Lunatic asylums Central Provinces reports 1874-1885 - 1874-1885
Year: 1874
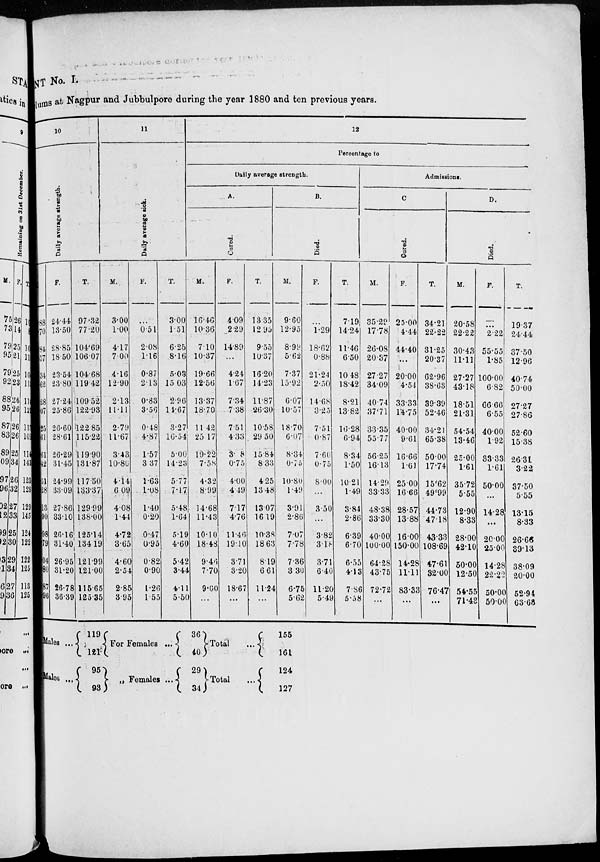
NT No. I.
lums at Nagpur and Jubbulpore during the year 1880 and ten previous years.
10
M.
88
70
84
57
34
62
28
07
25
61
61
42
51
28
13
90
98
79
04
80
87
96
F.
24.44
13.50
28.85
18.50
23.54
23.80
27.24
25.86
26.60
28.61
26.29
31.45
24.99
33.09
27.86
33.10
26.16
31.40
26.95
31.20
26.78
36.39
T.
97.32
77.20
104.69
106.07
104.68
119.42
109.52
122.93
122.85
115.22
119.90
131.87
117.50
133.37
129.99
138.00
125.14
134.19
121.99
121.00
115.65
125.35
11
M.
3.00
1.00
4.17
7.00
4.16
12.90
2.13
11.11
2.79
11.67
3.43
10.86
4.14
6.09
4.08
1.44
4.72
3.65
4.60
2.54
2.85
3.95
F.
...
0.51
2.08
1.16
0.87
2.13
0.83
3.56
0.48
4.87
1.57
3.37
1.63
1.08
1.40
0.20
0.47
0.95
0.82
0.90
1.26
1.55
T.
3.00
1.51
6.25
8.16
5.03
15.03
2.96
14.67
3.27
16.54
5.00
14.23
5.77
7.17
5.48
1.64
5.19
4.60
5.42
3.44
4.11
5.50
12
Percentage to
Daily average strength.
A.
Cured.
M.
16.46
10.36
7.10
10.37
19.66
12.56
13.37
18.70
11.42
25.17
19.22
7.58
4.32
8.99
14.68
11.43
10.10
18.48
9.46
7.70
9.00
...
F.
4.09
2.29
14.89
...
4.24
1.67
7.34
7.38
7.51
4.33
3.8
0.75
4.00
4.49
7.17
4.76
11.46
19.10
3.71
3.20
18.67
...
T.
13.35
12.95
9.55
10.37
16.20
14.23
11.87
26.30
10.58
29.50
15.84
8.33
4.25
13.48
13.07
16.19
10.38
18.63
8.19
6.61
11.24
...
B.
Died.
M.
9.60
12.95
8.99
5.62
7.37
15.92
6.07
10.57
18.70
6.07
8.34
0.75
10.80
1.49
3.91
2.86
7.07
7.78
7.36
3.30
6.75
5.62
F.
...
1.29
18.62
0.88
21.24
2.50
14.68
3.25
7.51
0.87
7.60
0.75
8.00
...
3.50
...
3.82
3.18
3.71
6.40
11.20
5.49
T.
7.19
14.24
11.46
6.50
10.48
18.42
8.21
13.82
16.28
6.94
8.34
1.50
10.21
1.49
3.84
2.86
6.39
6.70
6.55
4.13
7.86
5.58
Admissions.
C.
Cured.
M.
35.29
17.78
26.08
20.37
27.27
34.09
40.74
37.71
33.35
55.77
56.25
16.13
14.29
33.33
48.38
33.30
40.00
100.00
64.28
43.75
72.72
...
F.
25.00
4.44
44.40
...
20.00
4.54
33.33
14.75
40.00
9.61
16.66
1.61
25.00
16.66
28.57
13.88
16.00
150.00
14.28
11.11
83.33
...
T.
34.21
22.22
31.25
20.37
62.96
38.63
39.39
52.46
34.21
65.38
50.00
17.74
15.62
49.99
44.73
47.18
43.33
108.69
47.61
32.00
76.47
...
D.
Died.
M.
20.58
22.22
30.43
11.11
27.27
43.18
18.51
21.31
54.54
13.46
25.00
1.61
35.72
5.55
12.90
8.33
28.00
42.10
50.00
12.50
54.55
71.43
F.
...
2.22
55.55
1.85
100.00
6.82
66.66
6.55
40.00
1.92
33.33
1.61
50.00
...
14.00
...
20.00
25.00
14.28
22.22
50.00
50.00
T.
19.37
24.44
37.50
12.96
40.74
50.00
27.27
27.86
52.60
15.38
26.31
3.22
37.50
5.55
13.15
8.33
26.66
89.13
38.09
20.00
52.94
63.68
Males ...
Males ...
119
121
95
93
For Females ...
For
Females ...
36
40
29
34
Total
Total
155
161
124
127